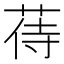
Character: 𦱎